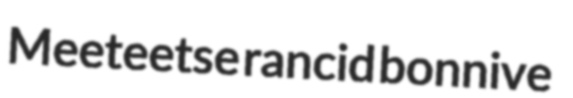
Meeteetse rancid bonnive